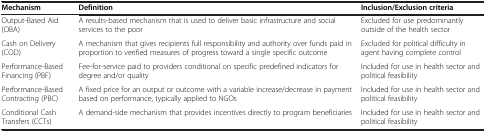
| Mechanism | Definition | Inclusion/Exclusion criteria |
 | --- | --- | --- |
 | Output-Based Aid (OBA) | A results-based mechanism that is used to deliver basic infrastructure and social services to the poor | Excluded for use predominantly outside of the health sector |
 | Cash on Delivery (COD) | A mechanism that gives recipients full responsibility and authority over funds paid in proportion to verified measures of progress toward a single specific outcome | Excluded for political difficulty in agent having complete control |
 | Performance-Based Financing (PBF) | Fee-for-service paid to providers conditional on specific predefined indicators for degree and/or quality | Included for use in health sector and political feasibility |
 | Performance-Based Contracting (PBC) | A fixed price for an output or outcome with a variable increase/decrease in payment based on performance, typically applied to NGOs | Included for use in health sector and political feasibility |
 | Conditional Cash Transfers (CCTs) | A demand-side mechanism that provides incentives directly to program beneficiaries | Included for use in health sector and political feasibility |